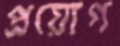
প্রয়োগ